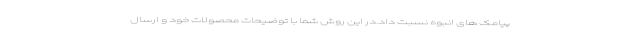
پیامک های انبوه نسبت داد.در این روش شما با توضیحات محصولات خود و ارسال